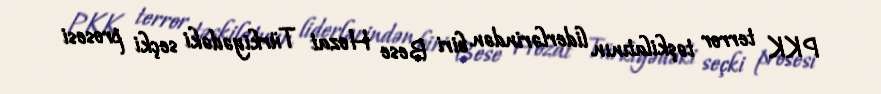
PKK terror təşkilatının liderlərindən biri Bese Hozat Türkiyədəki seçki prosesi